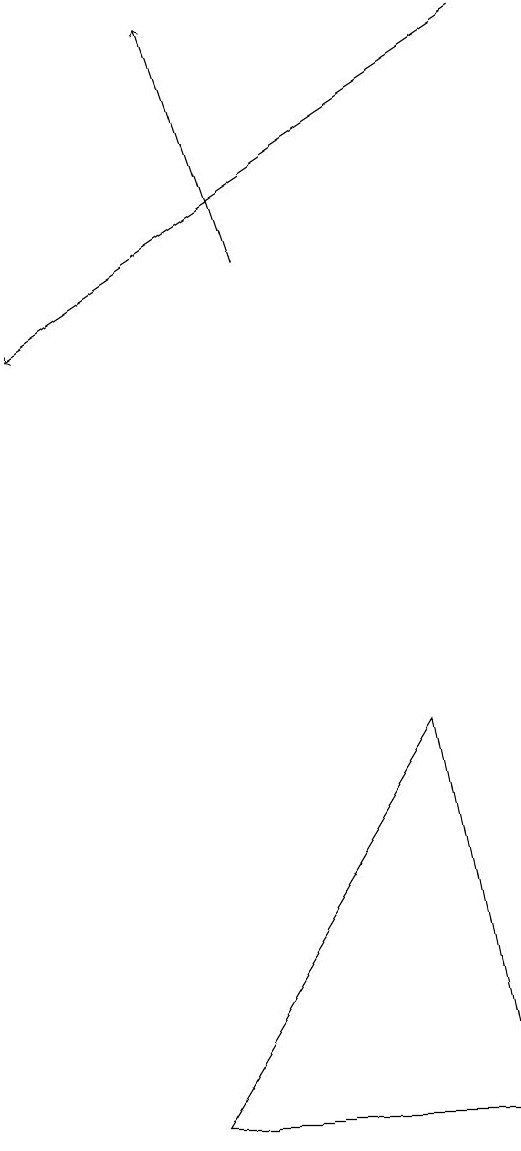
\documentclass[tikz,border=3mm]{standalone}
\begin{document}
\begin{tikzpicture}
\draw (6,3) -- (5,8) -- (2,3) -- cycle;
\draw[->] (3,14) -- (2,17);
\draw[->] (6,17) -- (0,13);
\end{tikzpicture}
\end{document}